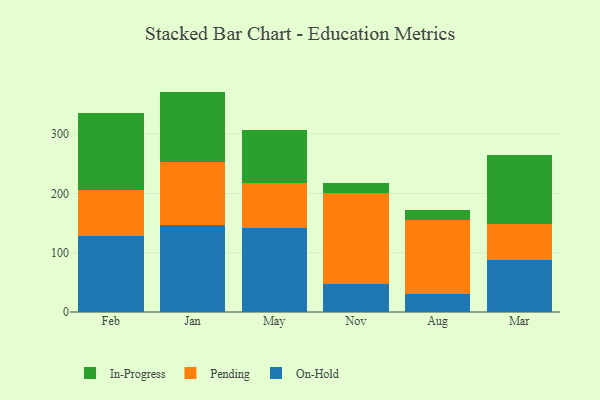
{"axis": {"x": "Month", "y": "Production Output"}, "legend": ["In-Progress", "On-Hold", "Pending"], "data": [{"x": "Feb", "y": 128.9, "type": "On-Hold"}, {"x": "Feb", "y": 76.9, "type": "Pending"}, {"x": "Feb", "y": 130.1, "type": "In-Progress"}, {"x": "Jan", "y": 146.1, "type": "On-Hold"}, {"x": "Jan", "y": 107.2, "type": "Pending"}, {"x": "Jan", "y": 118.4, "type": "In-Progress"}, {"x": "May", "y": 140.9, "type": "On-Hold"}, {"x": "May", "y": 76.0, "type": "Pending"}, {"x": "May", "y": 90.0, "type": "In-Progress"}, {"x": "Nov", "y": 46.4, "type": "On-Hold"}, {"x": "Nov", "y": 154.7, "type": "Pending"}, {"x": "Nov", "y": 16.5, "type": "In-Progress"}, {"x": "Aug", "y": 30.9, "type": "On-Hold"}, {"x": "Aug", "y": 124.8, "type": "Pending"}, {"x": "Aug", "y": 16.4, "type": "In-Progress"}, {"x": "Mar", "y": 87.6, "type": "On-Hold"}, {"x": "Mar", "y": 61.1, "type": "Pending"}, {"x": "Mar", "y": 115.9, "type": "In-Progress"}]}